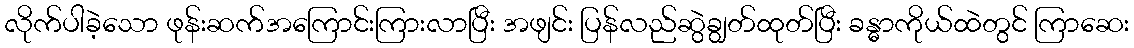
လိုက်ပါခဲ့သော ဖုန်းဆက်အကြောင်းကြားလာပြီး အဖျင်း ပြန်လည်ဆွဲချွတ်ထုတ်ပြီး ခန္ဓာကိုယ်ထဲတွင် ကြာဆေး